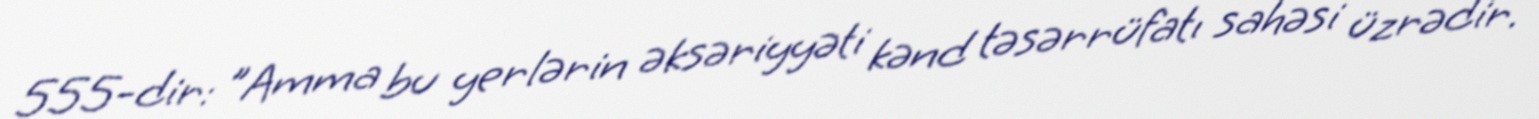
555-dir: "Amma bu yerlərin əksəriyyəti kənd təsərrüfatı sahəsi üzrədir.